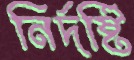
নির্দষ্টি